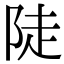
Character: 陡